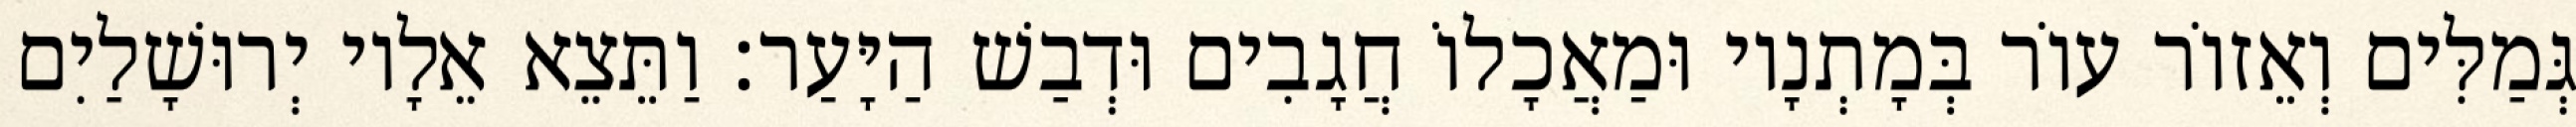
גְּמַלִּים וְאֵזוֹר עוֹר בְּמָתְנָיו וּמַאֲכָלוֹ חֲגָבִים וּדְבַשׁ הַיָּעַר׃ וַתֵּצֵא אֵלָיו יְרוּשָׁלַיִם